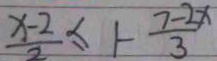
\frac { x - 2 } { 2 } \leq 1 - \frac { 7 - 2 x } { 3 }